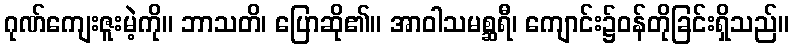
ဂုဏ်ကျေးဇူးမဲ့ကို။ ဘာသတိ၊ ပြောဆို၏။ အာဝါသမစ္ဆရီ၊ ကျောင်း၌ဝန်တိုခြင်းရှိသည်။